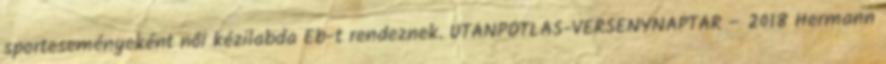
sporteseményeként női kézilabda Eb-t rendeznek. UTÁNPÓTLÁS-VERSENYNAPTÁR – 2018 Hermann